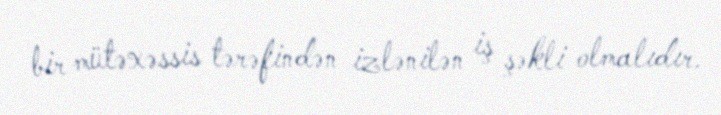
bir mütəxəssis tərəfindən izlənilən iş şəkli olmalıdır.